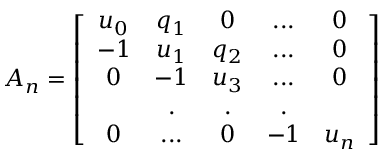
A _ { n } = \left[ \begin{array} { c c c c c } { { u _ { 0 } } } & { { q _ { 1 } } } & { { 0 } } & { { . . . } } & { { 0 } } \\ { { - 1 } } & { { u _ { 1 } } } & { { q _ { 2 } } } & { { . . . } } & { { 0 } } \\ { { 0 } } & { { - 1 } } & { { u _ { 3 } } } & { { . . . } } & { { 0 } } \\ { { } } & { { . } } & { { . } } & { { . } } & { { } } \\ { { 0 } } & { { . . . } } & { { 0 } } & { { - 1 } } & { { u _ { n } } } \end{array} \right]